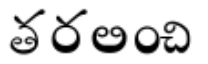
తరలించి